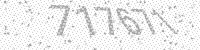
Solution: 717671